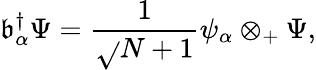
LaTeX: \mathfrak{b}_{\alpha}^{\dagger}\Psi={\frac{{1}}{{\sqrt{}{{N+1}}}}}\psi_{\alpha}\otimes_{+}\Psi,